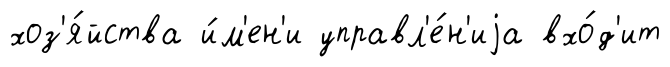
хоз'я́йства и́м'ен'и управл'е́н'иjа вхо́д'ит